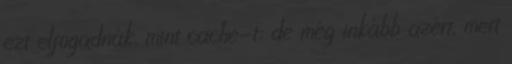
ezt elfogadnák, mint cache-t; de még inkább azért, mert